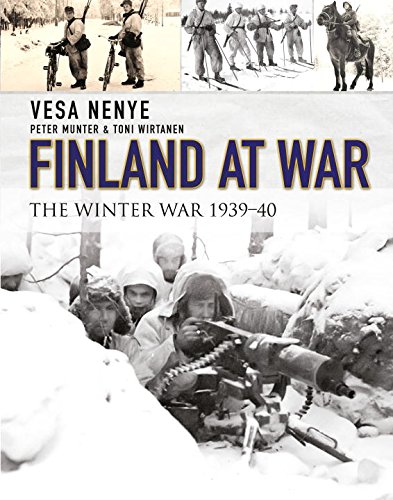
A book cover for Finland at War: The Winter War 1939-40 (General Military); Vesa Nenye; History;